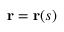
\mathbf { r } = \mathbf { r } ( s )